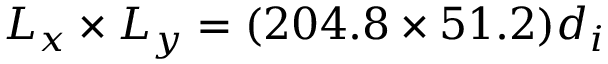
L _ { x } \times L _ { y } = ( 2 0 4 . 8 \times 5 1 . 2 ) d _ { i }